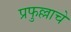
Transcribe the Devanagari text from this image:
प्रफुल्लाचे